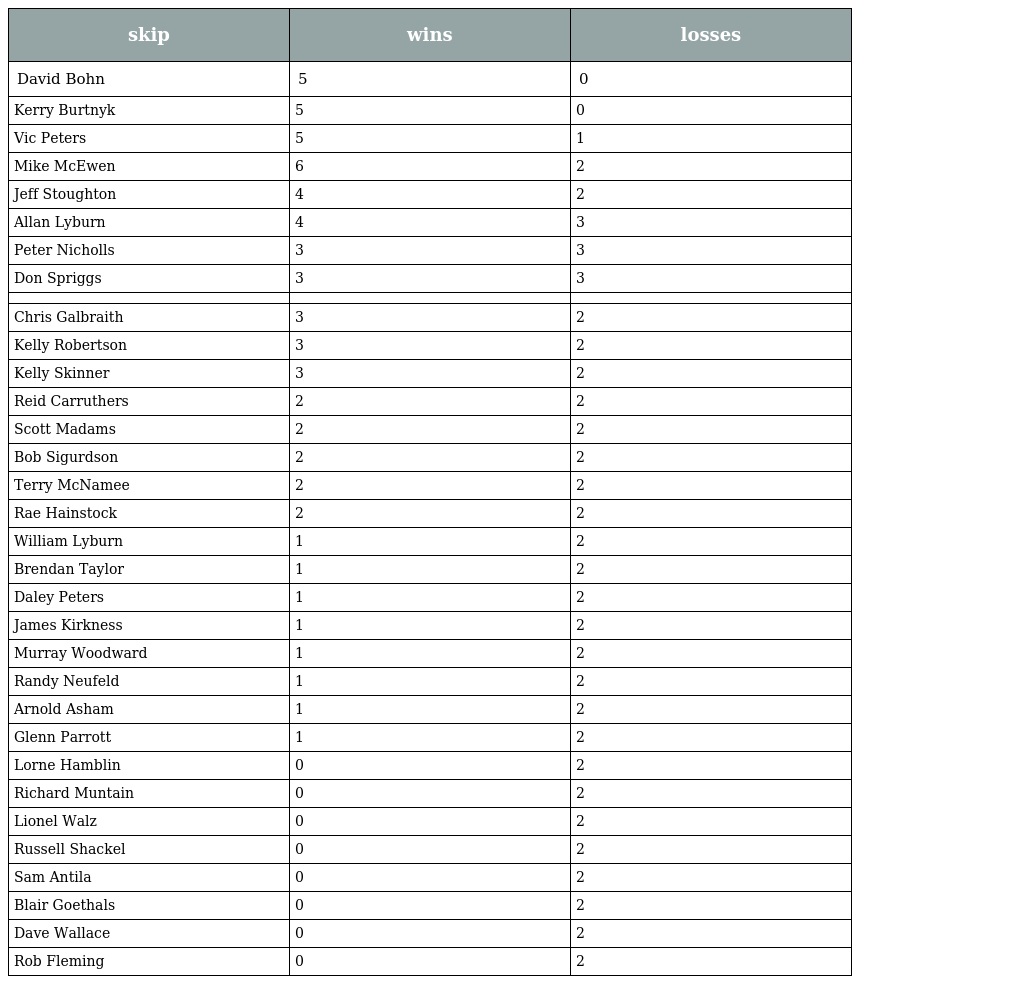
| skip | wins | losses |
 | --- | --- | --- |
 | David Bohn | 5 | 0 |
 | Kerry Burtnyk | 5 | 0 |
 | Vic Peters | 5 | 1 |
 | Mike McEwen | 6 | 2 |
 | Jeff Stoughton | 4 | 2 |
 | Allan Lyburn | 4 | 3 |
 | Peter Nicholls | 3 | 3 |
 | Don Spriggs | 3 | 3 |
 |  |  |  |
 | Chris Galbraith | 3 | 2 |
 | Kelly Robertson | 3 | 2 |
 | Kelly Skinner | 3 | 2 |
 | Reid Carruthers | 2 | 2 |
 | Scott Madams | 2 | 2 |
 | Bob Sigurdson | 2 | 2 |
 | Terry McNamee | 2 | 2 |
 | Rae Hainstock | 2 | 2 |
 | William Lyburn | 1 | 2 |
 | Brendan Taylor | 1 | 2 |
 | Daley Peters | 1 | 2 |
 | James Kirkness | 1 | 2 |
 | Murray Woodward | 1 | 2 |
 | Randy Neufeld | 1 | 2 |
 | Arnold Asham | 1 | 2 |
 | Glenn Parrott | 1 | 2 |
 | Lorne Hamblin | 0 | 2 |
 | Richard Muntain | 0 | 2 |
 | Lionel Walz | 0 | 2 |
 | Russell Shackel | 0 | 2 |
 | Sam Antila | 0 | 2 |
 | Blair Goethals | 0 | 2 |
 | Dave Wallace | 0 | 2 |
 | Rob Fleming | 0 | 2 |